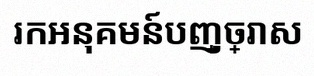
រកអនុគមន៍បញ្ច្រាស